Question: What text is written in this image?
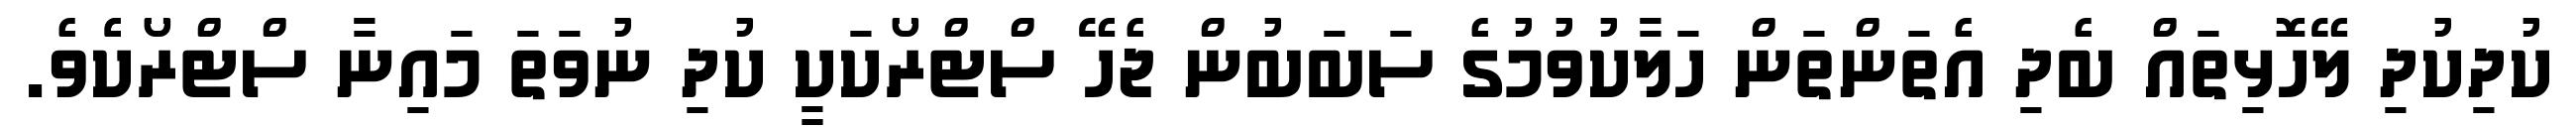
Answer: ކުދިކުދި ލޭހޮޅިތައް ބެދި އެތަންތަން ހަލާކުވުމުގެ ސަބަބުން ޖެހޭ ސްޓްރޯކަކީ ކުދި ނުވަތަ މައިނާ ސްޓްރޯކެެވެ.